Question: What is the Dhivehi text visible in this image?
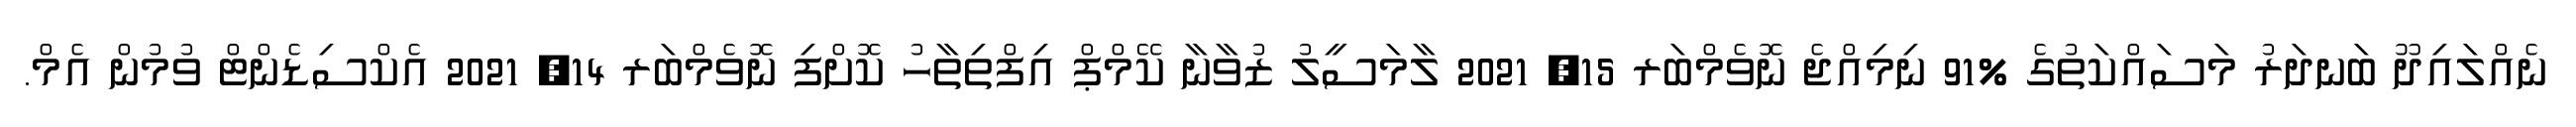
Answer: ނެއްލައިދޫ ބަނދަރު މަސައްކަތުގެ %91 ނިމިއްޖެ ނޮވެމްބަރ 15, 2021 ލާމަސީލު ޒުވާނާ ކޭމްޕް އިފްތިތާހު ކޮށްފި ނޮވެމްބަރ 14, 2021 އެކްސިޑެންޓް ވުމުން އެމް.